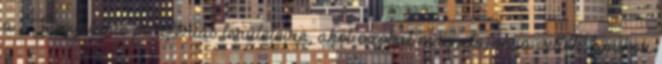
a Szovjetunió perifériás területeire, ahol azokat magnetofonra vették, amikor